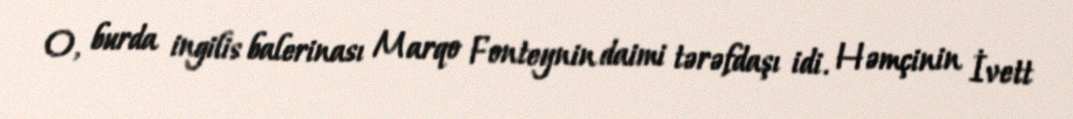
O, burda ingilis balerinası Marqo Fonteynin daimi tərəfdaşı idi. Həmçinin İvett